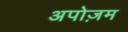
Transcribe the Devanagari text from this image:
अपोज़म